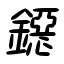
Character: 鐚